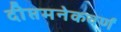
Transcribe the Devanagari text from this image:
दीप्तमनेकवर्णं